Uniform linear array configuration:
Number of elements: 24
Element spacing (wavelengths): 0.25
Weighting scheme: hamming
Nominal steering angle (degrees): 60
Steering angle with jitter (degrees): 61.304
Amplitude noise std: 0.05
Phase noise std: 0.05

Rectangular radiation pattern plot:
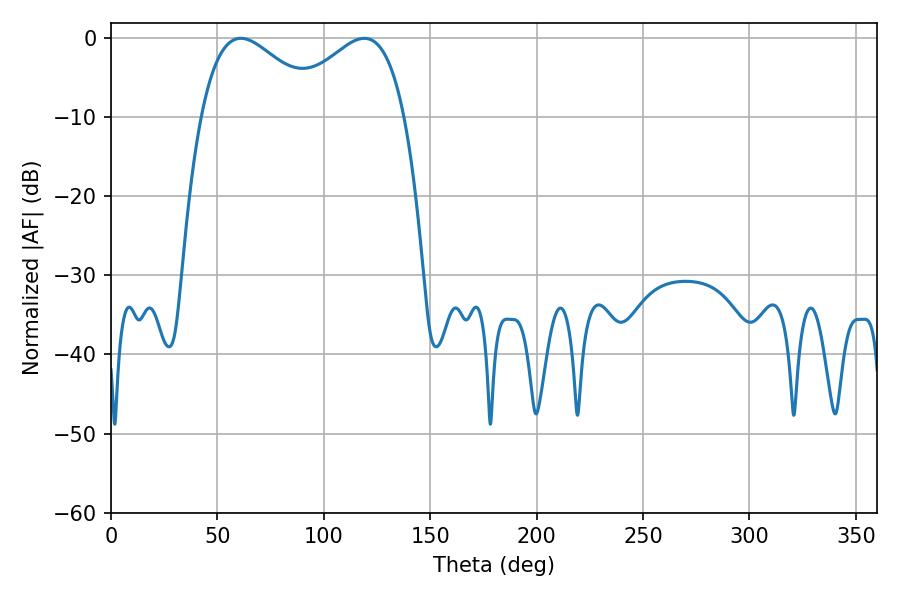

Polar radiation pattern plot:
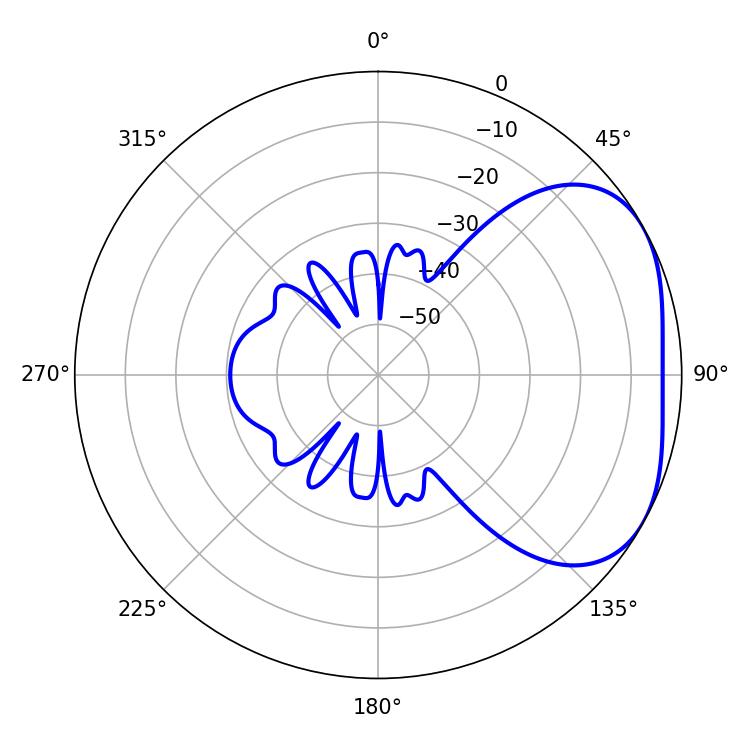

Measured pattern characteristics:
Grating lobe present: FALSE
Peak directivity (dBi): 3.187
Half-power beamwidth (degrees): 30.78
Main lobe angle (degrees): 61.02